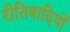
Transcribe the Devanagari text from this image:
रीतिवादियों